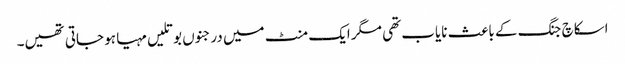
اسکاچ جنگ کے باعث نایاب تھی مگر ایک منٹ میں درجنوں بوتلیں مہیا ہو جاتی تھیں۔